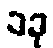
၁ခု